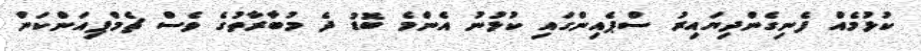
ކުޅުމެއް ފެނިގެންދިޔައިރު ސްޕެއިންގައި ކުޅުނު އެންމެ ބޮޑު ދެ މުބާރާތުގެ ވެސް ޗެމްޕިއަންކަން